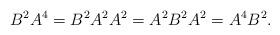
LaTeX: \begin{align*}B^2A^4=B^2A^2A^2=A^2B^2A^2=A^4B^2.\end{align*}